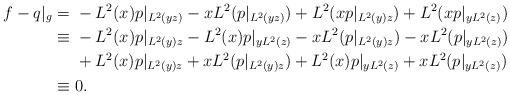
LaTeX: \begin{align*}f - q|_g =&\ - L^2(x) p|_{L^2(yz)} - x L^2(p|_{L^2(yz)}) + L^2(x p|_{L^2(y)z}) + L^2(x p|_{yL^2(z)})\\\equiv &\ - L^2(x) p|_{L^2(y)z} - L^2(x) p|_{yL^2(z)} - x L^2(p|_{L^2(y)z}) - x L^2(p|_{yL^2(z)})\\ &\ + L^2(x) p|_{L^2(y)z} + x L^2(p|_{L^2(y)z}) + L^2(x) p|_{yL^2(z)}+ x L^2(p|_{yL^2(z)})\\\equiv&\ 0.\end{align*}